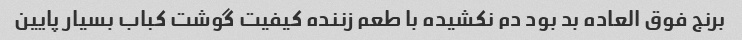
برنج فوق العاده بد بود دم نکشیده با طعم زننده کیفیت گوشت کباب بسیار پایین